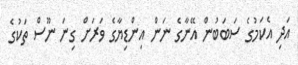
އަދި އެކަމުގެ ސަބަބުން އޭނާގެ ނަން އިންޑިޔާގެ ވަރަށް ގިނަ ނޫސް ތަކުގެ